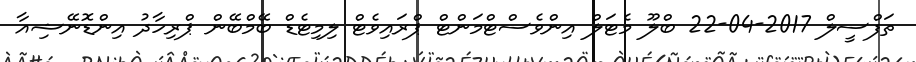
ތަފްސީލް 2017-04-22 ބްލޫ މެޓަލް އިންވެސްޓްމަންޓް ޕްރައިވެޓް ލިމިޓެޑް ބޭމްބޭން ޕްރިހާދު އިންޑޮނޭޝިއާ